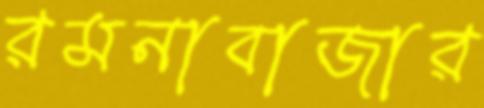
রমনাবাজার